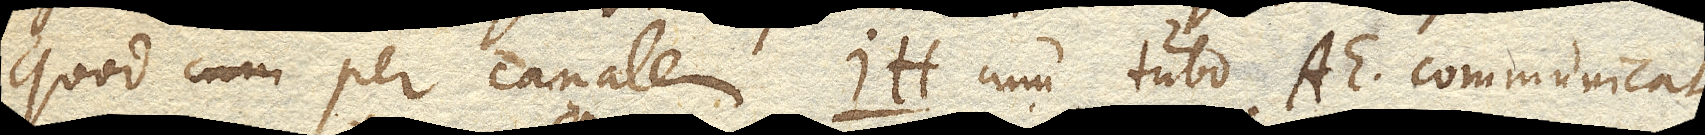
quod per canalem IH. cum Tubo AE. communicat,